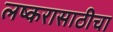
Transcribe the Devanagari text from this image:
लष्करासाठीचा